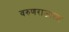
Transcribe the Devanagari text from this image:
वरुणराजाला